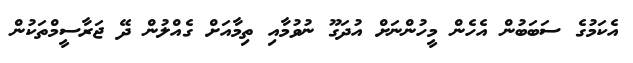
އެކަމުގެ ސަބަބުން އެހެން މީހުންނަށް އުދަގޫ ނުވުމާއި ތިމާއަށް ގެއްލުން ދޭ ޖަރާސީމްތަކުން